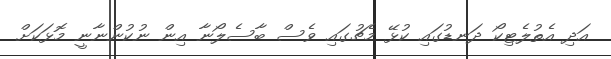
އަދި އެތުލެޓިކޯ ދަނޑުގައި ކުޅޭ މެޗުގައި ވެސް ބާސެލޯނާ އިން ނުކުންނާނީ މޮޅަކަށް